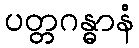
ပတ္တဂန္ဓာနံ